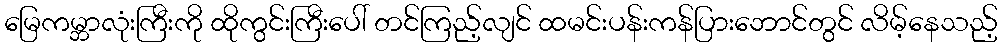
မြေကမ္ဘာလုံးကြီးကို ထိုကွင်းကြီးပေါ် တင်ကြည့်လျင် ထမင်းပန်းကန်ပြားဘောင်တွင် လိမ့်နေသည့်